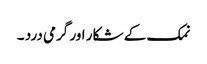
نمک کے شکار اور گرمی درد ۔